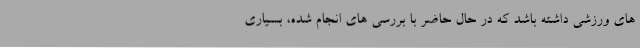
های ورزشی داشته باشد که در حال حاضر با بررسی های انجام شده، بسیاری